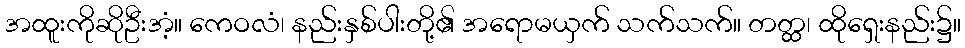
အထူးကိုဆိုဦးအံ့။ ကေဝလံ၊ နည်းနှစ်ပါးတို့၏ အရောမယှက် သက်သက်။ တတ္ထ၊ ထိုရှေးနည်း၌။